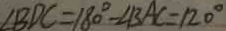
\angle B D C = 1 8 0 ^ { \circ } - \angle B A C = 1 2 0 ^ { \circ }